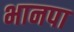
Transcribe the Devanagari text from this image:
भानपा